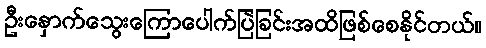
ဦးနှောက်သွေးကြောပေါက်ပြဲခြင်းအထိဖြစ်စေနိုင်တယ်။